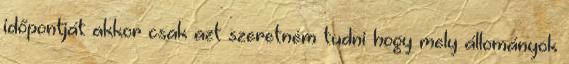
időpontját akkor csak azt szeretném tudni hogy mely állományok